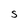
Character: S